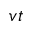
v t